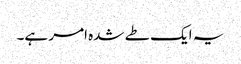
یہ ایک طے شدہ امر ہے۔